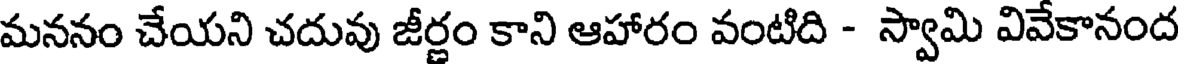
మననం చేయని చదువు జీర్ణం కాని ఆహారం వంటిది - స్వామి వివేకానంద